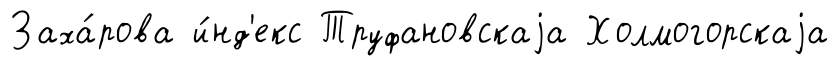
Заха́рова и́нд'екс Труфановскаjа Холмогорскаjа